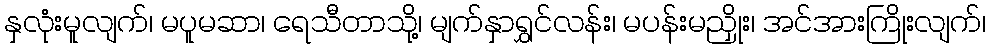
နှလုံးမူလျက်၊ မပူမဆာ၊ ရေသီတာသို့၊ မျက်နှာရွှင်လန်း၊ မပန်းမညှိုး၊ အင်အားကြိုးလျက်၊